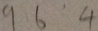
9 6 4